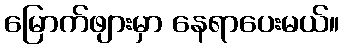
မြောက်ဖျားမှာ နေရာပေးမယ်။